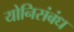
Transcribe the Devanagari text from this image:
योनिसंबंध